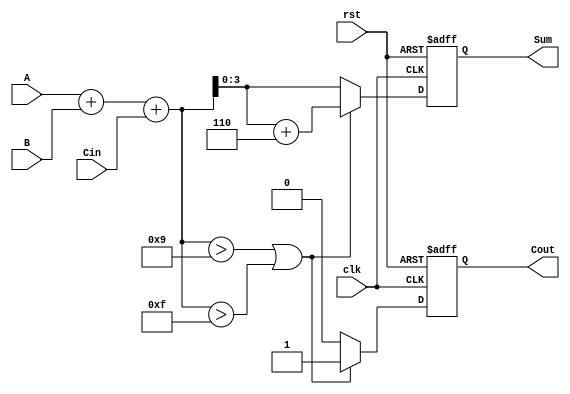
module BCD_Synchronous_Adder (
    input  wire [3:0] A,      // First BCD operand
    input  wire [3:0] B,      // Second BCD operand
    input  wire Cin,          // Carry input
    output reg  [3:0] Sum,    // BCD sum output
    output reg  Cout,         // Carry output
    input  wire clk,          // Clock input
    input  wire rst           // Reset input
);

// Internal signals
wire [4:0] binary_sum;      // 5-bit to accommodate carry
wire adjustment_needed;      // Flag for adjustment
wire [4:0] adjusted_sum;    // Adjusted sum after adding 6

// Binary addition
assign binary_sum = A + B + Cin;

// Check if adjustment is needed
assign adjustment_needed = (binary_sum > 9) || (binary_sum > 15);

// Adjusted sum
assign adjusted_sum = binary_sum + 5'd6;

// Synchronous process
always @(posedge clk or posedge rst) begin
    if (rst) begin
        Sum <= 4'b0000;   // Reset Sum
        Cout <= 1'b0;     // Reset Cout
    end else begin
        if (adjustment_needed) begin
            Sum <= adjusted_sum[3:0]; // Take lower 4 bits after adjustment
            Cout <= 1'b1;              // Set carry out
        end else begin
            Sum <= binary_sum[3:0];    // No adjustment needed
            Cout <= 1'b0;              // No carry out
        end
    end
end

endmodule